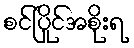
စင်ပြိုင်အစိုးရ